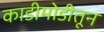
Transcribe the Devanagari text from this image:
काडीमोडीतून